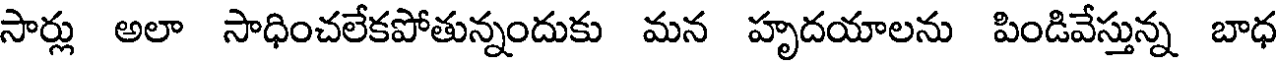
సార్లు అలా సాధించలేకపోతున్నందుకు మన హృదయాలను పిండివేస్తున్న బాధ